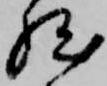
然